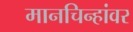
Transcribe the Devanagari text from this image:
मानचिन्हांवर